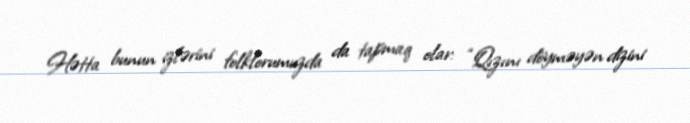
Hətta bunun izlərini folklorumuzda da tapmaq olar: “Qızını döyməyən dizini